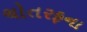
ચોતરફના